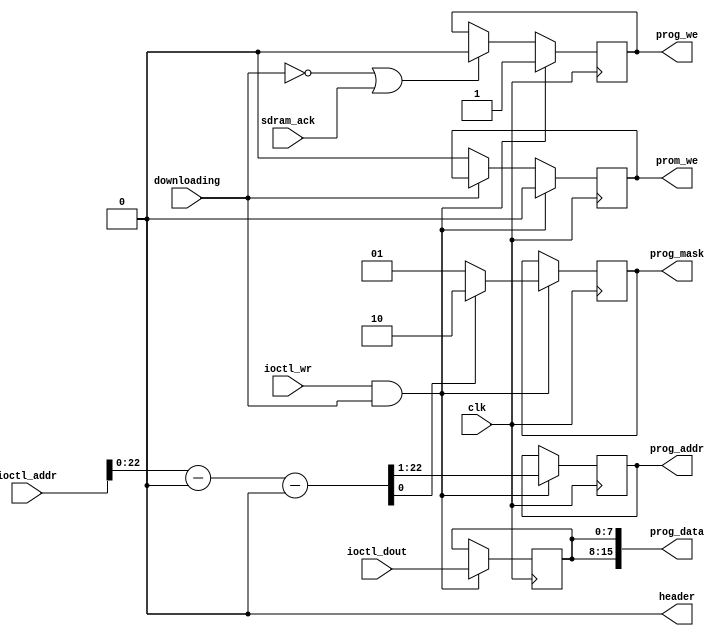
/*  This file is part of JTFRAME.
    JTFRAME program is free software: you can redistribute it and/or modify
    it under the terms of the GNU General Public License as published by
    the Free Software Foundation, either version 3 of the License, or
    (at your option) any later version.

    JTFRAME program is distributed in the hope that it will be useful,
    but WITHOUT ANY WARRANTY; without even the implied warranty of
    MERCHANTABILITY or FITNESS FOR A PARTICULAR PURPOSE.  See the
    GNU General Public License for more details.

    You should have received a copy of the GNU General Public License
    along with JTFRAME.  If not, see <http://www.gnu.org/licenses/>.

    Author: Jose Tejada Gomez. Twitter: @topapate
    Version: 1.0
    Date: 02-5-2020 */

// Produces the right signals for jtframe_sdram to get the ROM data
// A prom_we signal is used for the second half of the ROM byte stream

// For system simulation, it is useful sometimes to be able to load the
// PROM data quickly at the beginning of the simulation. If the PROM
// modules are isolated, this can be done manually typing the path to
// each rom file in the jtframe_prom instantiation. However, sometimes
// the hierarchy will not allow it or the code may get messy.
// jtframe_dwnld can load PROMs only during simulation when the
// macro JTFRAME_DWNLD_PROM_ONLY is defined.

module jtframe_dwnld(
    input                clk,
    input                downloading,
    input      [24:0]    ioctl_addr,
    input      [ 7:0]    ioctl_dout,
    input                ioctl_wr,
    output reg [21:0]    prog_addr,
    output     [15:0]    prog_data,
    output reg [ 1:0]    prog_mask, // active low
    output reg           prog_we,
    `ifdef JTFRAME_SDRAM_BANKS
    output               prog_rd,
    output reg [ 1:0]    prog_ba,
    `endif

    output reg           prom_we,
    output reg           header,
    input                sdram_ack
);

parameter        SIMFILE   = "rom.bin";
parameter [24:0] PROM_START= ~25'd0;
parameter [24:0] BA1_START = ~25'd0,
                 BA2_START = ~25'd0,
                 BA3_START = ~25'd0,
                 HEADER    = 0,
                 SWAB      = 0; // swap every pair of input bytes (SDRAM only)

localparam       BA_EN     = (BA1_START!=~25'd0 || BA2_START!=~25'd0 || BA3_START!=~25'd0);
localparam       PROM_EN   = PROM_START!=~25'd0;

reg  [ 7:0] data_out;
wire        is_prom;
reg  [24:0] part_addr;

assign is_prom   = PROM_EN && part_addr>=PROM_START;
assign prog_data = {2{data_out}};

`ifdef JTFRAME_SDRAM_BANKS
assign prog_rd   = 0;
`endif

`ifdef LOADROM
`undef JTFRAME_DWNLD_PROM_ONLY
`endif

always @(*) begin
    header    = HEADER!=0 && ioctl_addr < HEADER && downloading;
    part_addr = ioctl_addr-HEADER;
end

`ifndef JTFRAME_DWNLD_PROM_ONLY
/////////////////////////////////////////////////
// Normal operation
reg  [ 1:0] bank;
reg  [24:0] offset;
reg  [24:0] eff_addr;

always @(*) begin
    bank = !BA_EN ? 2'd0 : (
            part_addr >= BA3_START ? 2'd3 : (
            part_addr >= BA2_START ? 2'd2 : (
            part_addr >= BA1_START ? 2'd1 : 2'd0 )));
    case( bank )
        2'd0: offset = 25'd0;
        2'd1: offset = BA1_START;
        2'd2: offset = BA2_START;
        2'd3: offset = BA3_START;
    endcase // bank
    eff_addr = part_addr-offset;
end

always @(posedge clk) begin
    if ( ioctl_wr && downloading && !header ) begin
        if( is_prom ) begin
            prog_addr <= part_addr[21:0];
            prom_we   <= 1;
            prog_we   <= 0;
        end else begin
            prog_addr <= eff_addr[22:1];
            prom_we   <= 0;
            prog_we   <= 1;
            `ifdef JTFRAME_SDRAM_BANKS
            prog_ba   <= bank;
            `endif
        end
        data_out  <= ioctl_dout;
        prog_mask <= (eff_addr[0]^SWAB[0]) ? 2'b10 : 2'b01;
    end
    else begin
        if(!downloading || sdram_ack) prog_we <= 0;
        if(!downloading) prom_we <= 0;
    end
end

`else
////////////////////////////////////////////////////////
// Load only PROMs directly from file in simulation
/* verilator lint_off WIDTH */

parameter [31:0] GAME_ROM_LEN = `GAME_ROM_LEN;

integer          f, readcnt, dumpcnt;
reg       [ 7:0] mem[0:`GAME_ROM_LEN];

initial begin
    dumpcnt = PROM_START+HEADER;
    if( SIMFILE != "" && PROM_EN ) begin
        f=$fopen(SIMFILE,"rb");
        if( f != 0 ) begin
            readcnt=$fread( mem, f );
            $display("INFO: PROM download: %6X bytes loaded from file (%m)", readcnt, SIMFILE);
            $fclose(f);
            if( dumpcnt >= readcnt ) begin
                $display("WARNING: PROM_START (%X) is set beyond the end of the file (%X)", PROM_START, dumpcnt);
                $display("         GAME_ROM_LEN=%X",GAME_ROM_LEN);
            end else begin
                $display("INFO: fast PROM download from %X to %X", dumpcnt, GAME_ROM_LEN);
            end
        end else begin
            $display("WARNING: %m cannot open %s", SIMFILE);
            dumpcnt = GAME_ROM_LEN; // stop the download process
        end
    end else begin
        $display("INFO: PROM download skipped because PROM_START was not defined.");
    end
end

// The PROM starts downloading at the same time that
// the test_harness sends the first 32 bytes of ROM
// the data from the harness is ignored here, but
// the header output is set to 1 if HEADER is defined,
// so these data can be read externally if checked for ioctrl_wr/ioctrl_data
reg start_ok=0;
initial prog_we=0;

always @(posedge clk) begin
    if( downloading ) start_ok<=1;
    if( dumpcnt < GAME_ROM_LEN && start_ok ) begin
        prom_we   <= 1;
        prog_we   <= 0;
        prog_mask <= 2'b11;
        data_out  <= mem[dumpcnt];
        prog_addr <= dumpcnt[21:0]-HEADER;
        dumpcnt   <= dumpcnt+1;
    end else begin
        prom_we <= 0;
    end
end
/* verilator lint_on WIDTH */
`endif

endmodule